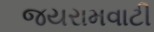
જયરામવાટી